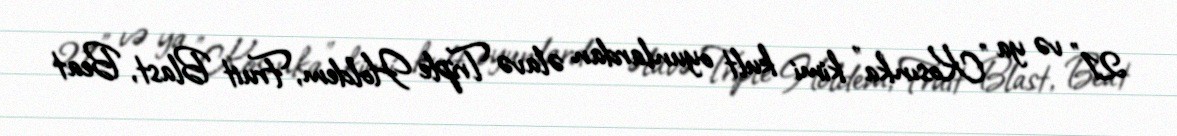
21" və ya "Kosınka" kimi kult oyunlardan əlavə Triple Holdem, Fruit Blast, Beat